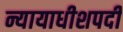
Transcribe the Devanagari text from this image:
न्यायाधीशपदी